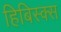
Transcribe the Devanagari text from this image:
हिबिस्क्‍स